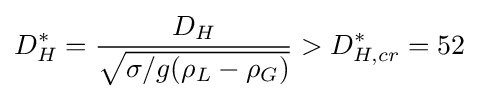
D_{H}^{*}={D_{H} \over {\sqrt {\sigma /g(\rho _{L}-\rho _{G})}}}>D_{H,cr}^{*}=52